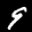
Label: 9